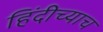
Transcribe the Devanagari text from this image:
हिंदीच्याच